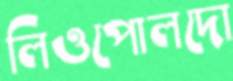
লিওপোলদো